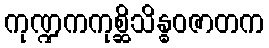
ကုဏ္ဍကကုစ္ဆိသိန္ဓဝဇာတက